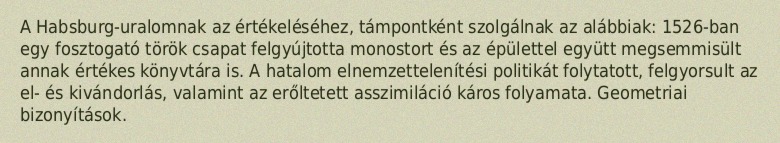
A Habsburg-uralomnak az értékeléséhez, támpontként szolgálnak az alábbiak: 1526-ban egy fosztogató török csapat felgyújtotta monostort és az épülettel együtt megsemmisült annak értékes könyvtára is. A hatalom elnemzettelenítési politikát folytatott, felgyorsult az el- és kivándorlás, valamint az erőltetett asszimiláció káros folyamata. Geometriai bizonyítások.